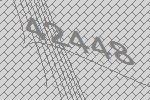
42448